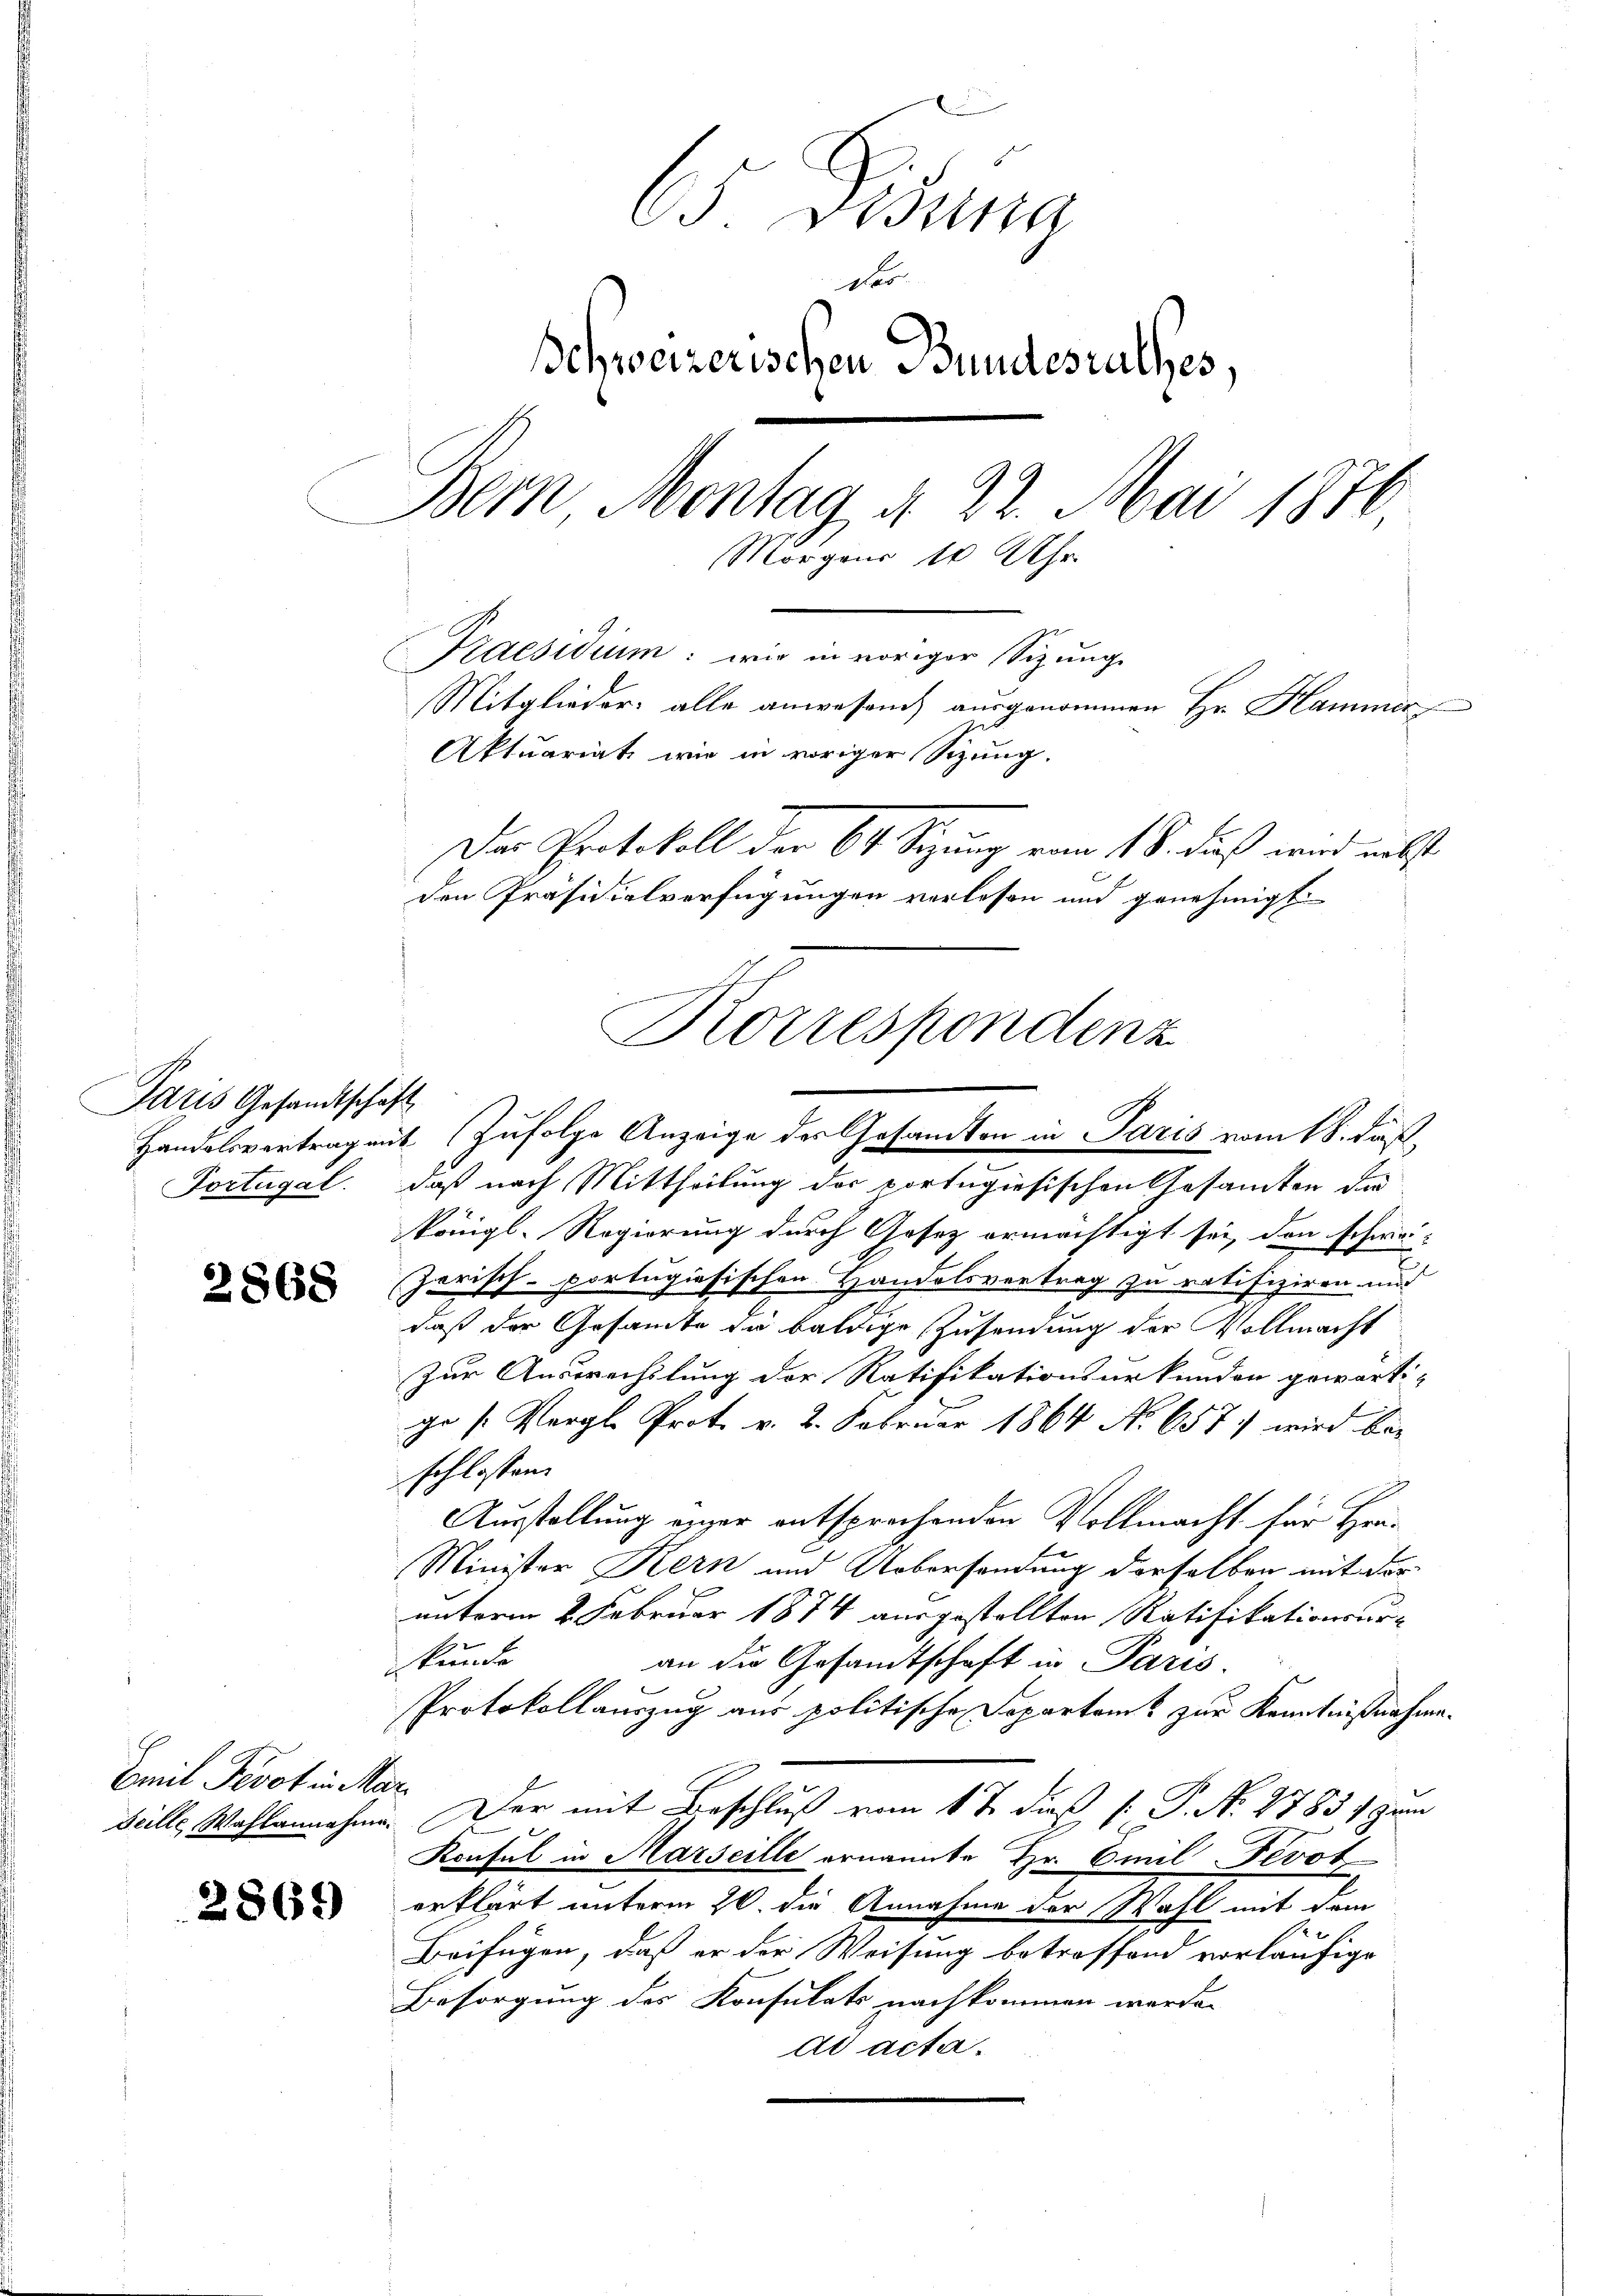
Paris Gesandtschaft

2868

Emil Fevot in Mar

65 Disena
Schweizerischen Bundesrathes,
Bom Montag d. 22. Mai 1876
Morgens 10 Uhr.
Praesidium: wir in voriger Sizung
Mitglieder alle anwesend ausgenommen Hr. Hammer
Aktuariat wie in voriger Sizung.
Das Protokoll der 64 Sizung vom 18. dieß wird nebst
den Präsidialverfügungen verlesen und genehmigt.

Korrespondenz
Handelsvertragent. (Zufolge Anzeige des Gesandten in Paris vom 18. daß

Portugal: daß nach Mittheilung der portugisischen Gesamten die
Königl. Regierung durch Gesetz ermächtigt sei, den schwei-
Jarisch-portugisischen Handelsvertrag zu ratifiziren und
daß der Gesamte die baldige Zusendung der Vollmacht
Zur Auswechslung der Ratifikationsurkunden gewärti-
ge /: Vergl. Prot. v. 2. Februar 1864 No 657) wird bei
schlossen.
Ausstellung erger entsprechenden Vollmacht für Her¬
Minister Kern und Uebersendung derselben mit der
unterm 2. Februar 1874 ausgestellten Ratifikationsur-
kunde
an die Gesamtschaft in Paris.
Protokollauszug aus politische Departamt zur Kenntnißnahme.
seille Wahlannahme. Der mit Beschluß vom 1 t dieß P. P. N. 2785 1 zum
Konsul in Marseille ernannte Hr. Emil Fevot
 erklärt unterm 20. die Annahme der Wahl mit dem
Beifügen, daß er der Weisung betroffend vorläufige
Besorgung des Konsulats nachkommen werde.
ad acta.